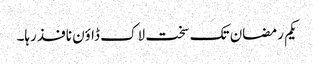
یکم رمضان تک سخت لاک ڈاؤن نافذ رہا۔